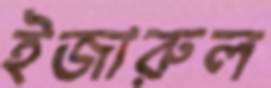
ইজারুল